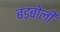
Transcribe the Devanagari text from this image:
बड़बोली